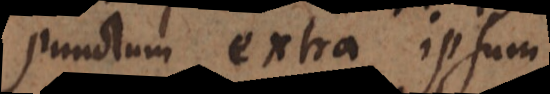
punctum extra ipsum